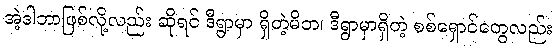
အဲ့ဒါဘာဖြစ်လို့လည်း ဆိုရင် ဒီရွာမှာ ရှိတဲ့မိဘ၊ ဒီရွာမှာရှိတဲ့ စစ်ရှောင်တွေလည်း